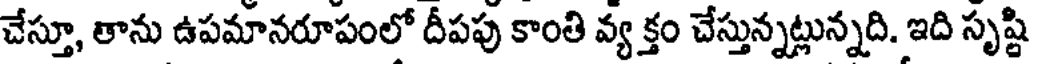
చేస్తూ, తాను ఉపమానరూపంలో దీపపు కాంతి వ్య క్తం చేస్తున్నట్లున్నది. ఇది సృష్టి